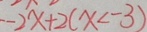
- 2 x + 2 ( x < - 3 )